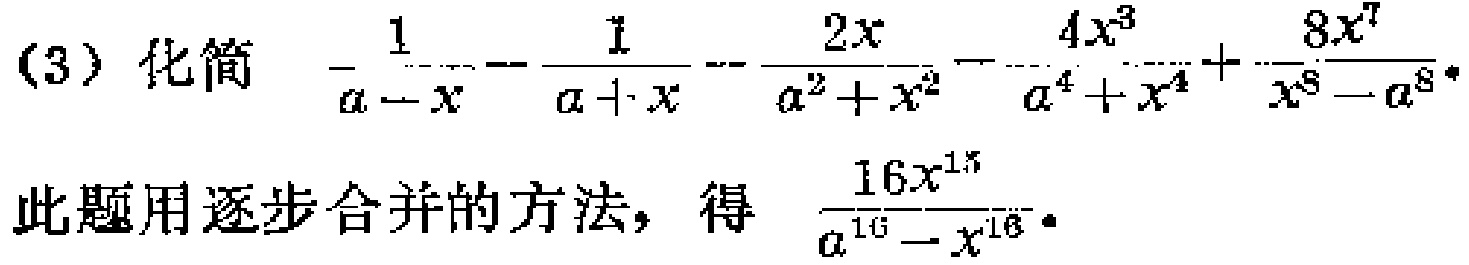
(3) 化简 $-\frac{1}{a - x} - \frac{1}{a + x} - \frac{2x}{a^{2}+x^{2}} - \frac{4x^{3}}{a^{4}+x^{4}}+\frac{8x^{7}}{x^{8}-a^{8}}$。

此题用逐步合并的方法，得 $\frac{16x^{15}}{a^{16}-x^{16}}$。